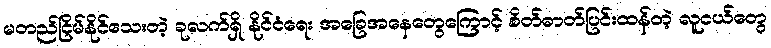
မတည်ငြိမ်နိုင်သေးတဲ့ ခုလက်ရှိ နိုင်ငံရေး အခြေအနေတွေကြောင့် စိတ်ဓာတ်ပြင်းထန်တဲ့ လူငယ်တွေ